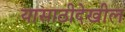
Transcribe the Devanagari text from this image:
यासाठीदेखील